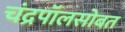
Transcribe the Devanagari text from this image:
चंद्रपॉलसोबत